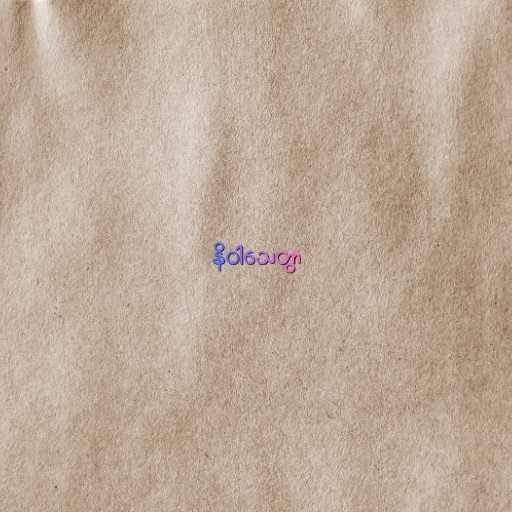
နိဝါသေတွာ